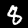
Digit: 8